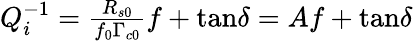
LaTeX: \begin{array}{r}{Q_{i}^{-1}=\frac{R_{s0}}{f_{0}\Gamma_{c0}}f+\tan\! \delta=Af+\tan\! \delta}\end{array}